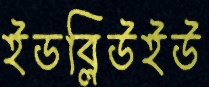
ইডব্লিউইউ